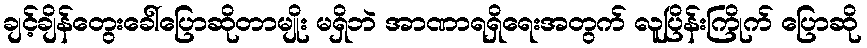
ချင့်ချိန်တွေးခေါ်ပြောဆိုတာမျိုး မရှိဘဲ အာဏာရရှိရေးအတွက် လူပြိန်းကြိုက် ပြောဆို